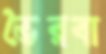
ভৈরবা